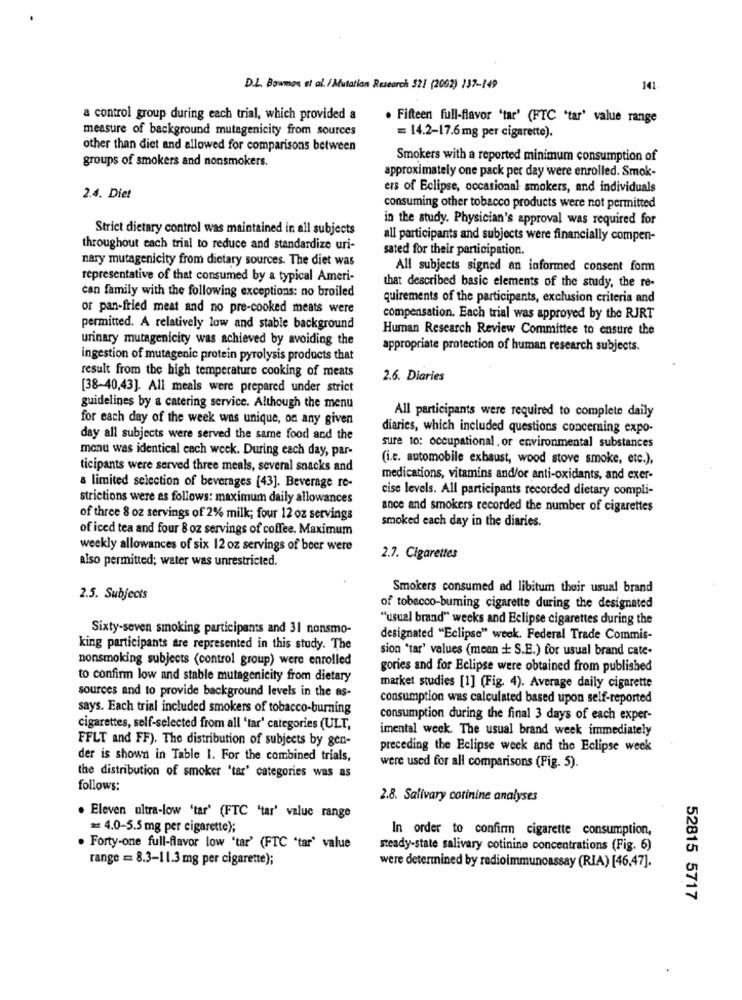
D.L. Bowman et al. /Mutation Research 321 (2002) 237-149
141
a control group during each trial, which provided a
Fifteen full-flavor 'tar' (FTC 'tar' value range
measure of background mutagenicity from sources
= 14.2-17.6mg per cigarette).
other than diet and allowed for comparisons between
groups of smokers and nonsmokers.
Smokers with a reported minimum consumption of
approximately one pack per day were enrolled. Smok-
ers of Eclipse, occasional smokers, and individuals
2.4. Die!
consuming other tobacco products were not permitted
in the study. Physician's approval was required for
Strict dietary control was maintained in all subjects
all participants and subjects were financially compen-
throughout each trial to reduce and standardize uri-
sated for their participation.
nary mutagenicity from dietary sources. The diet was
All subjects signed an informed consent form
representative of that consumed by a typical Ameri-
can family with the following exceptions: no broiled
that described basic elements of the study, the re-
quirements of the participants, exclusion criteria and
or pan-fried meat and no pre-cooked meats were
compensation. Each trial was approved by the RJRT
permitted. A relatively low and stable background
Human Research Review Committee to ensure the
urinary mutagenicity was achieved by avoiding the
appropriate protection of human research subjects.
ingestion of mutagenic protein pyrolysis products that
result from the high temperature cooking of meats
2.6. Diaries
[38-40,43]. All meals were prepared under strict
guidelines by a catering service. Although the menu
for each day of the week was unique, on any given
All participants were required to complete daily
diaries, which included questions concerning expo-
day all subjects were served the same food and the
sure to: occupational. or environmental substances
menu was identical each week. During each day, par-
(i.e. automobile exhaust, wood stove smoke, etc.),
ticipants were served three meals, several snacks and
medications, vitamins and/or anti-oxidants, and exer-
a limited selection of beverages [43]. Beverage re-
cise levels. All participants recorded dietary compli-
strictions were as follows: maximum daily allowances
ance and smokers recorded the number of cigarettes
of three 8 oz servings of 2% milk; four 12 oz servings
smoked each day in the diaries.
of iced tea and four 8 oz servings of coffee. Maximum
weekly allowances of six 12 oz servings of beer were
Also permitted; water was unrestricted.
2.7. Cigarettes
Smokers consumed ad libitum their usual brand
2.5. Subjects
of tobacco-buming cigarette during the designated
"usual brand" weeks and Eclipse cigarettes during the
Sixty-seven smoking participants and 31 nonsmo-
designated "Eclipse" week. Federal Trade Commis-
king participants are represented in this study. The
sion 'tar' values (mean + S.E.) for usual brand cate-
nonsmoking subjects (control group) were enrolled
gories and for Eclipse were obtained from published
to confirm low and stable mutagenicity from dietary
sources and to provide background levels in the as-
market studies [1] (Fig. 4). Average daily cigarette
consumption was calculated based upon self-reported
says. Each trial included smokers of tobacco-burning
consumption during the final 3 days of each exper-
cigarettes, self-selected from all 'tar' categories (ULT,
imental week. The usual brand week immediately
FFLT and FF). The distribution of subjects by gen-
preceding the Eclipse week and the Eclipse week
der is shown in Table 1. For the combined trials,
were used for all comparisons (Fig. 5).
the distribution of smoker 'tar' categories was as
follows:
2.8. Salivary corinine analyses
. Eleven ultra-low 'tar' (FTC 'tar' value range
= 4.0-5.5 mg per cigarette);
In order to confinn cigarette consumption,
Forty-one full-flavor low 'tar' (FTC "tar' value
steady-state salivary cotinine concentrations (Fig. 6)
range == 8.3-11.3 mg per cigarette);
were determined by radioimmunoassay (RIA) [46,47].
52815 5717